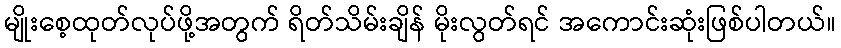
မျိုးစေ့ထုတ်လုပ်ဖို့အတွက် ရိတ်သိမ်းချိန် မိုးလွတ်ရင် အကောင်းဆုံးဖြစ်ပါတယ်။